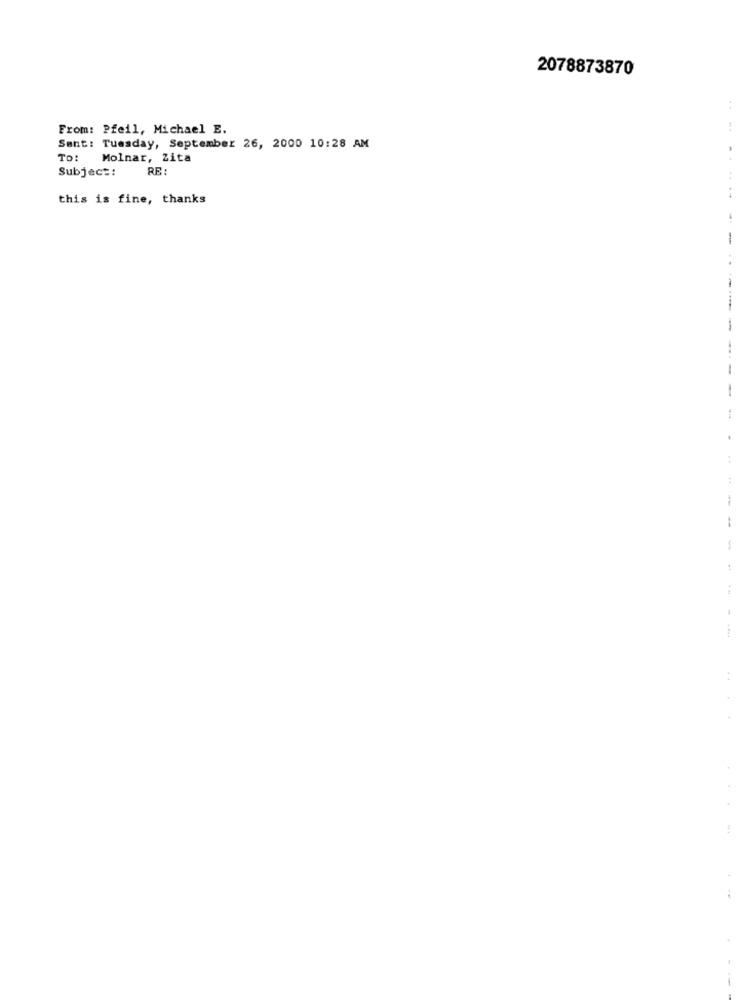
2078873870
From: Pfeil, Michael E.
Sent: Tuesday, September 26, 2000 10:28 AM
TO:
Molnar, Zita
Subject:
RE:
this is fine, thanks
1
-
-
.
-----